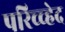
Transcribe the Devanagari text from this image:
परिच्च्हेद